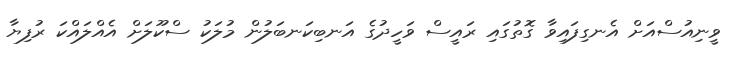
ވީނިއުސްއަށް އެނގިފައިވާ ގޮތުގައި ރައީސް ވަހީދުގެ އަނބިކަނބަލުން މުލަކު ސްކޫލަށް އެއްލައްކަ ރުފިޔާ